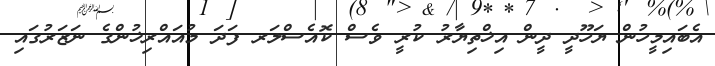
އެބައިމީހުން ޔަހޫދީ ދީން އިޚްތިޔާރު ކުރީ ވެސް ކޮއެސްލަރ ފަދަ މުއައްރިޚުންގެ ނަޒަރުގައި